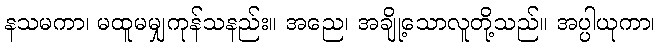
နသမကာ၊ မထူမမျှကုန်သနည်း။ အညေ၊ အချို့သောလူတို့သည်။ အပ္ပါယုကာ၊